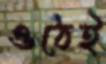
ওঠেই